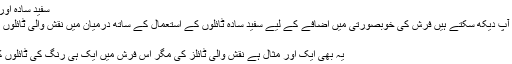
سفید سادہ اور نقش والی ٹائلز
اس تصویر میں آپ دیکھ سکتے ہیں فرش کی خوبصورتی میں اضافے کے لیے سفید سادہ ٹائلوں کے استعمال کے ساتھ درمیان میں نقش والی ٹائلوں کو لگایا گیا ہے
یک رنگی ٹائلز
یہ بھی ایک اور مثال ہے نقش والی ٹائلز کی مگر اس فرش میں ایک ہی رنگ کی ٹائلوں کو لگایا گیا ہے۔